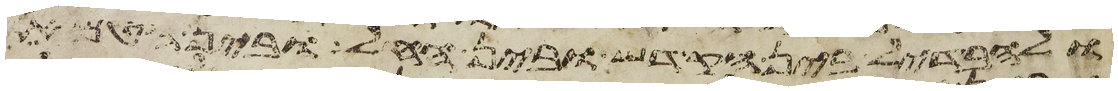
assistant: ולהבדיל בין הקדש ובין החל ובין הטמא